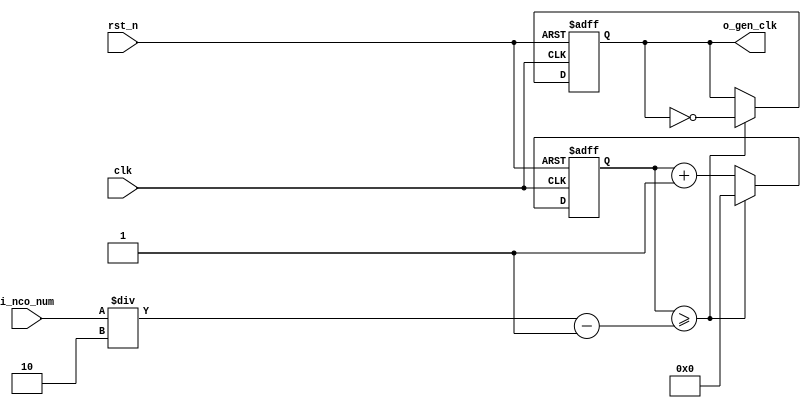
//	==================================================
//	Copyright (c) 2019 Sookmyung Women's University.
//	--------------------------------------------------
//	DEPARTMENT		: EE
//	--------------------------------------------------
//	RELEASE HISTORY
//	--------------------------------------------------
//	VERSION			DATE
//	0.0			2019-11-09
//	--------------------------------------------------
//	PURPOSE			: Digital Clock
//	==================================================

//	--------------------------------------------------
//	Numerical Controlled Oscillator
//	Hz of o_gen_clk = Clock Hz / num
//	--------------------------------------------------
module	nco(	
		o_gen_clk,
		i_nco_num,
		clk,
		rst_n);

output		o_gen_clk	;	// 1Hz CLK

input	[31:0]	i_nco_num	;
input		clk		;	// 50Mhz CLK
input		rst_n		;

reg	[31:0]	cnt		;
reg		o_gen_clk	;

always @(posedge clk or negedge rst_n) begin
	if(rst_n == 1'b0) begin
		cnt		<= 32'd0;
		o_gen_clk	<= 1'd0	;
	end else begin
		if(cnt >= i_nco_num/2-1) begin
			cnt 	<= 32'd0;
			o_gen_clk	<= ~o_gen_clk;
		end else begin
			cnt <= cnt + 1'b1;
		end
	end
end

endmodule

//	--------------------------------------------------
//	Flexible Numerical Display Decoder
//	--------------------------------------------------
module	fnd_dec(
		o_seg,
		i_num);

output	[6:0]	o_seg		;	// {o_seg_a, o_seg_b, ... , o_seg_g}

input	[3:0]	i_num		;
reg	[6:0]	o_seg		;
//making
always @(i_num) begin 
 	case(i_num) 
 		4'd0 : o_seg = 7'b111_1110	; 
 		4'd1 : o_seg = 7'b011_0000	; 
 		4'd2 : o_seg = 7'b110_1101	; 
 		4'd3 : o_seg = 7'b111_1001	; 
 		4'd4 : o_seg = 7'b011_0011	; 
 		4'd5 : o_seg = 7'b101_1011	; 
 		4'd6 : o_seg = 7'b101_1111	; 
 		4'd7 : o_seg = 7'b111_0000	; 
 		4'd8 : o_seg = 7'b111_1111	; 
 		4'd9 : o_seg = 7'b111_0011	; 
		default : o_seg = 7'b000_0000	; 
	endcase 
end


endmodule

//	--------------------------------------------------
//	0~59 --> 2 Separated Segments
//	--------------------------------------------------
module	double_fig_sep(
		o_left,
		o_right,
		i_double_fig);

output	[3:0]	o_left		;
output	[3:0]	o_right		;

input	[5:0]	i_double_fig	;

assign		o_left	= i_double_fig / 10	;
assign		o_right	= i_double_fig % 10	;

endmodule

//	--------------------------------------------------
//	0~59 --> 2 Separated Segments
//	--------------------------------------------------
module	led_disp(
		o_seg,
		o_seg_dp,
		o_seg_enb,
		i_six_digit_seg,
		i_six_dp,
		clk,
		rst_n);

output	[5:0]	o_seg_enb		;
output		o_seg_dp		;
output	[6:0]	o_seg			;

input	[41:0]	i_six_digit_seg		;
input	[5:0]	i_six_dp		;
input		clk			;
input		rst_n			;

wire		gen_clk			;

nco		u_nco(
		.o_gen_clk	( gen_clk	),
		.i_nco_num	( 32'd5000	),
		.clk		( clk		),
		.rst_n		( rst_n		));


reg	[3:0]	cnt_common_node	;

always @(posedge gen_clk or negedge rst_n) begin
	if(rst_n == 1'b0) begin
		cnt_common_node <= 4'd0;
	end else begin
		if(cnt_common_node >= 4'd5) begin
			cnt_common_node <= 4'd0;
		end else begin
			cnt_common_node <= cnt_common_node + 1'b1;
		end
	end
end

reg	[5:0]	o_seg_enb		;

always @(cnt_common_node) begin
	case (cnt_common_node)
		4'd0 : o_seg_enb = 6'b111110;
		4'd1 : o_seg_enb = 6'b111101;
		4'd2 : o_seg_enb = 6'b111011;
		4'd3 : o_seg_enb = 6'b110111;
		4'd4 : o_seg_enb = 6'b101111;
		4'd5 : o_seg_enb = 6'b011111;
	endcase
end

reg		o_seg_dp		;

always @(cnt_common_node) begin
	case (cnt_common_node)
		4'd0 : o_seg_dp = i_six_dp[0];
		4'd1 : o_seg_dp = i_six_dp[1];
		4'd2 : o_seg_dp = i_six_dp[2];
		4'd3 : o_seg_dp = i_six_dp[3];
		4'd4 : o_seg_dp = i_six_dp[4];
		4'd5 : o_seg_dp = i_six_dp[5];
	endcase
end

reg	[6:0]	o_seg			;

always @(cnt_common_node) begin
	case (cnt_common_node)
		4'd0 : o_seg = i_six_digit_seg[6:0];
		4'd1 : o_seg = i_six_digit_seg[13:7];
		4'd2 : o_seg = i_six_digit_seg[20:14];
		4'd3 : o_seg = i_six_digit_seg[27:21];
		4'd4 : o_seg = i_six_digit_seg[34:28];
		4'd5 : o_seg = i_six_digit_seg[41:35];
	endcase
end

endmodule

//	--------------------------------------------------
//	HMS(Hour:Min:Sec) Counter
//	--------------------------------------------------
module	hms_cnt(
		o_hms_cnt,
		o_max_hit,
		i_max_cnt,
		clk,
		rst_n);

output	[5:0]	o_hms_cnt		;
output		o_max_hit		;

input	[5:0]	i_max_cnt		;
input		clk			;
input		rst_n			;

reg	[5:0]	o_hms_cnt		;
reg		o_max_hit		;
always @(posedge clk or negedge rst_n) begin
	if(rst_n == 1'b0) begin
		o_hms_cnt <= 6'd0;
		o_max_hit <= 1'b0;
	end else begin
		if(o_hms_cnt >= i_max_cnt) begin
			o_hms_cnt <= 6'd0;
			o_max_hit <= 1'b1;
		end else begin
			o_hms_cnt <= o_hms_cnt + 1'b1;
			o_max_hit <= 1'b0;
		end
	end
end

endmodule

module  debounce(
		o_sw,
		i_sw,
		clk);
output		o_sw			;

input		i_sw			;
input		clk			;

reg		dly1_sw			;
always @(posedge clk) begin
	dly1_sw <= i_sw;
end

reg		dly2_sw			;
always @(posedge clk) begin
	dly2_sw <= dly1_sw;
end

assign		o_sw = dly1_sw | ~dly2_sw;

endmodule

//	--------------------------------------------------
//	Clock Controller
//	--------------------------------------------------
module	controller(
		o_mode,
		o_position,
		o_sec_clk,
		o_min_clk,
		o_hour_clk,
		i_max_hit_sec,
		i_max_hit_min,
		i_max_hit_hour,
		i_sw0,
		i_sw1,
		i_sw2,
		clk,
		rst_n);

output		o_mode			;
output  [1:0]	o_position		;
output		o_sec_clk		;
output		o_min_clk		;
output		o_hour_clk		;

input		i_max_hit_sec		;
input		i_max_hit_min		;
input		i_max_hit_hour  	;

input		i_sw0			;
input		i_sw1			;
input		i_sw2			;

input		clk			;
input		rst_n			;

parameter	MODE_CLOCK = 1'b0	;
parameter	MODE_SETUP = 1'b1	;

parameter	POS_SEC	= 2'b00		;
parameter	POS_MIN	= 2'b01		;
parameter	POS_HOUR = 2'b10	;

wire		clk_100hz		;
nco		u0_nco(
		.o_gen_clk	( clk_100hz	),
		.i_nco_num	( 32'd500000	),
		.clk		( clk		),
		.rst_n		( rst_n		));

wire		sw0			;
debounce	u0_debounce(
		.o_sw		( sw0		),
		.i_sw		( i_sw0		),
		.clk		( clk_100hz	));

wire		sw1			;
debounce	u1_debounce(
		.o_sw		( sw1		),
		.i_sw		( i_sw1		),
		.clk		( clk_100hz	));

wire		sw2			;
debounce	u2_debounce(
		.o_sw		( sw2		),
		.i_sw		( i_sw2		),
		.clk		( clk_100hz	));

reg		o_mode			;
always @(posedge sw0 or negedge rst_n) begin
	if(rst_n == 1'b0) begin
		o_mode <= MODE_CLOCK;
	end else begin
		o_mode <= o_mode + 1'b1;
	end
end

reg	[1:0]	o_position		;
always @(posedge sw1 or negedge rst_n) begin
	if(rst_n == 1'b0) begin
		o_position <= POS_SEC;
	end else begin
		o_position <= o_position + 2'b01;
	end
end

wire		clk_1hz			;
nco		u1_nco(
		.o_gen_clk	( clk_1hz	),
		.i_nco_num	( 32'd50000000	),
		.clk		( clk		),
		.rst_n		( rst_n		));

reg		o_sec_clk		;
reg		o_min_clk		;
reg		o_hour_clk		;
always @(*) begin
	case(o_mode)
		MODE_CLOCK : begin
			o_sec_clk = clk_1hz;
			o_min_clk = i_max_hit_sec;
			o_hour_clk = i_max_hit_min;
		end
		MODE_SETUP : begin
			case(o_position)
				POS_SEC : begin
					o_sec_clk = ~sw2 ;
					o_min_clk = 1'b0 ;
					o_hour_clk = 1'b0;

				end
				POS_MIN : begin
					o_sec_clk = 1'b0 ;
					o_min_clk = ~sw2 ;
					o_hour_clk = 1'b0;
				end
				POS_HOUR : begin
					o_sec_clk = 1'b0 ;
					o_min_clk = 1'b0 ;
					o_hour_clk = ~sw2;
				end
			endcase
		end
	endcase
end

endmodule

//	--------------------------------------------------
//	HMS(Hour:Min:Sec) Counter
//	--------------------------------------------------
module	hourminsec(	o_sec,
			o_min,
			o_hour,
			o_max_hit_sec,
			o_max_hit_min,
			o_max_hit_hour,
			i_sec_clk,
			i_min_clk,
			i_hour_clk,
			clk,
			rst_n);

output	[5:0]	o_sec		;
output	[5:0]	o_min		;
output	[5:0]	o_hour		;
output		o_max_hit_sec	;
output		o_max_hit_min	;
output		o_max_hit_hour	;

input		i_sec_clk	;
input		i_min_clk	;
input		i_hour_clk	;

input		clk		;
input		rst_n		;

hms_cnt		u0_hms_cnt(
		.o_hms_cnt	( o_sec		 ),
		.o_max_hit	( o_max_hit_sec	 ),
		.i_max_cnt	( 6'd59		 ),
		.clk		( i_sec_clk	 ),
		.rst_n		( rst_n		 ));

hms_cnt		u1_hms_cnt(
		.o_hms_cnt	( o_min		 ),
		.o_max_hit	( o_max_hit_min	 ),
		.i_max_cnt	( 6'd59		 ),
		.clk		( i_min_clk	 ),
		.rst_n		( rst_n		 ));

hms_cnt		u2_hms_cnt(
		.o_hms_cnt	( o_hour	 ),
		.o_max_hit	( o_max_hit_hour ),
		.i_max_cnt	( 6'd23		 ),
		.clk		( i_hour_clk	 ),
		.rst_n		( rst_n		 ));

endmodule

module	top_hms_clock(
		o_seg_enb,
		o_seg_dp,
		o_seg,
		i_sw0,
		i_sw1,
		i_sw2,
		clk,
		rst_n);

output	[5:0]	o_seg_enb	    ;
output		o_seg_dp	    ;
output	[6:0]	o_seg		    ;

input		i_sw0		    ;
input		i_sw1		    ;
input		i_sw2		    ;
input		clk		    ;
input		rst_n		    ;

wire		o_sec_clk_w	    ;
wire		o_min_clk_w	    ;
wire		o_hour_clk_w	    ;
wire		o_max_hit_sec_w	    ;
wire		o_max_hit_min_w	    ;
wire		o_max_hit_hour_w    ;
wire	[5:0]   i_double_fig_sec_w  ;
wire	[5:0]   i_double_fig_min_w  ;
wire	[5:0]   i_double_fig_hour_w ;
wire	[3:0]   i_num_sec_1_w	    ;
wire	[3:0]   i_num_sec_2_w	    ;
wire	[3:0]   i_num_min_1_w	    ;
wire	[3:0]   i_num_min_2_w	    ;
wire	[3:0]   i_num_hour_1_w	    ;
wire	[3:0]   i_num_hour_2_w	    ;
wire	[6:0]	o_seg_sec_1_w	    ;
wire	[6:0]	o_seg_sec_2_w	    ;
wire	[6:0]	o_seg_min_1_w	    ;
wire	[6:0]	o_seg_min_2_w	    ;
wire	[6:0]	o_seg_hour_1_w	    ;
wire	[6:0]	o_seg_hour_2_w	    ;
wire	[41:0]	i_six_digit_seg_w   ;
assign          i_six_digit_seg_w = { {2{7'b0000000}}, o_seg_hour_1_w, o_seg_hour_2_w, o_seg_min_1_w, o_seg_min_2_w, o_seg_sec_1_w, o_seg_sec_2_w } ;


controller		u_ctrl( .o_mode	          (			   ),
				.o_position 	  (			   ),
				.o_sec_clk   	  ( o_sec_clk_w 	   ),
				.o_min_clk	  ( o_min_clk_w 	   ),
				.o_hour_clk	  ( o_hour_clk_w 	   ),
				.i_max_hit_sec    ( o_max_hit_sec_w	   ),
				.i_max_hit_min    ( o_max_hit_min_w	   ),
				.i_max_hit_hour   ( o_max_hit_hour_w	   ),
				.i_sw0	     	  ( i_sw0		   ),
				.i_sw1	     	  ( i_sw1		   ),
				.i_sw2	     	  ( i_sw2		   ),
				.clk	          ( clk	 		   ),
				.rst_n	     	  ( rst_n		   ));    	   

hourminsec	  u_hourminsec( .o_sec	     	  ( i_double_fig_sec_w	   ),
				.o_min	          ( i_double_fig_min_w	   ),
				.o_hour	          ( i_double_fig_hour_w	   ),
				.o_max_hit_sec    ( o_max_hit_sec_w	   ),
				.o_max_hit_min    ( o_max_hit_min_w	   ),
				.o_max_hit_hour   ( o_max_hit_hour_w	   ),
				.i_sec_clk	  ( o_sec_clk_w	  	   ),
				.i_min_clk	  ( o_min_clk_w	  	   ),
				.i_hour_clk	  ( o_hour_clk_w	   ),
				.clk	     	  ( clk			   ),
				.rst_n	     	  ( rst_n		   ));

double_fig_sep	    	u0_dfs( .o_left	     	  ( i_num_sec_1_w  	   ),
				.o_right	  ( i_num_sec_2_w	   ),
				.i_double_fig     ( i_double_fig_sec_w	   ));

double_fig_sep	        u1_dfs( .o_left	     	  ( i_num_min_1_w 	   ),
				.o_right	  ( i_num_min_2_w	   ),
				.i_double_fig     ( i_double_fig_min_w	   ));

double_fig_sep	        u2_dfs( .o_left	     	  ( i_num_hour_1_w 	   ),
				.o_right	  ( i_num_hour_2_w	   ),
				.i_double_fig     ( i_double_fig_hour_w	   ));

fnd_dec		    u0_fnd_dec( .o_seg	     	  ( o_seg_sec_1_w      	   ),
				.i_num	    	  ( i_num_sec_1_w 	   ));

fnd_dec		    u1_fnd_dec( .o_seg	     	  ( o_seg_sec_2_w      	   ),
				.i_num	    	  ( i_num_sec_2_w 	   ));

fnd_dec		    u2_fnd_dec( .o_seg	     	  ( o_seg_min_1_w      	   ),
				.i_num	    	  ( i_num_min_1_w 	   ));

fnd_dec		    u3_fnd_dec( .o_seg	     	  ( o_seg_min_2_w      	   ),
				.i_num	    	  ( i_num_min_2_w 	   ));

fnd_dec		    u4_fnd_dec( .o_seg	     	  ( o_seg_hour_1_w         ),
				.i_num	    	  ( i_num_hour_1_w 	   ));

fnd_dec		    u5_fnd_dec( .o_seg	     	  ( o_seg_hour_2_w         ),
				.i_num	    	  ( i_num_hour_2_w 	   ));

led_disp	    u_led_disp( .o_seg		  ( o_seg		   ),
				.o_seg_dp	  ( o_seg_dp		   ),
				.o_seg_enb	  ( o_seg_enb		   ),
				.i_six_digit_seg  ( i_six_digit_seg_w	   ),
				.i_six_dp	  ( 6'h0		   ),
				.clk		  ( clk			   ),
				.rst_n		  ( rst_n		   ));


endmodule